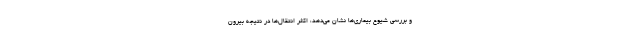
و بررسی شیوع بیماری‌ها نشان می‌دهد، اکثر انتقال‌ها در نتیجه بیرون